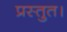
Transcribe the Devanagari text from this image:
प्रस्तुत।